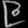
Digit: ၉